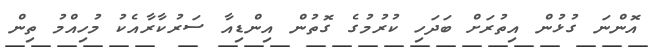
އޮންނަ ގުޅުން އިތުރަށް ބަދަހި ކުރުމުގެ ގޮތުން އިންޑިއާ ސަރުކާރާއެކު މުހިއްމު ތިން